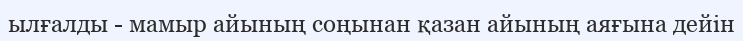
ылғалды - мамыр айының соңынан қазан айының аяғына дейін